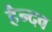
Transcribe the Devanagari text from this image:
हैन्दव